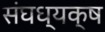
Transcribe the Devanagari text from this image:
संघध्यक्ष